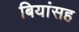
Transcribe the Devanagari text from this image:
बियांसह